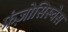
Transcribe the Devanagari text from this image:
फ्रंज़ोसिस्चेस